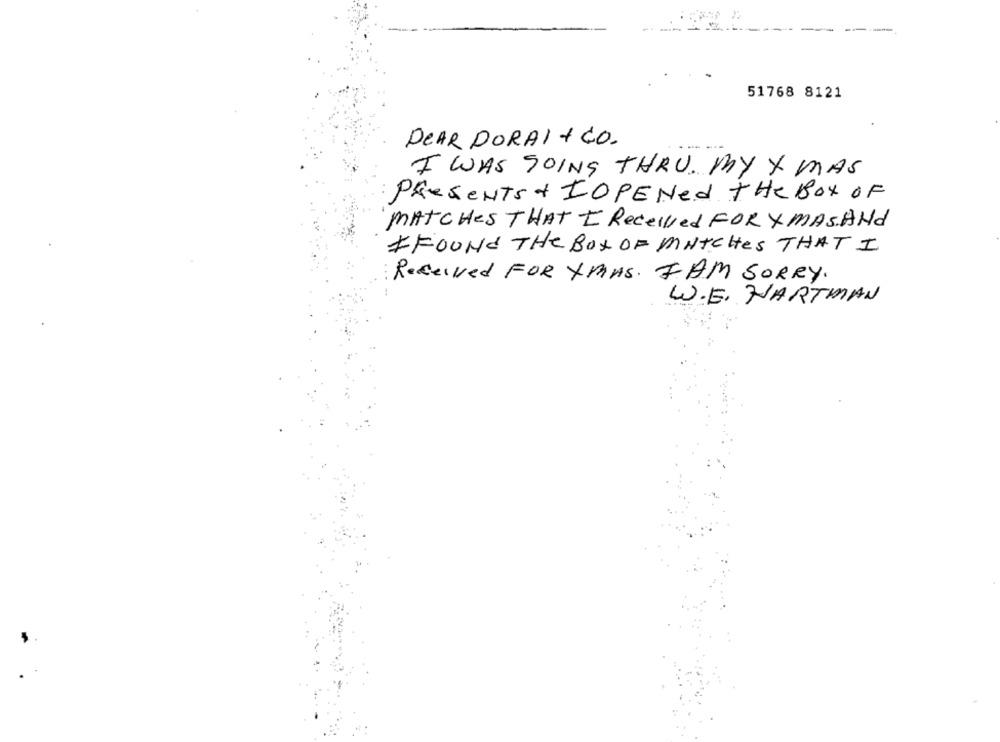
51768 8121
DEAR DORAI + CO.
I WAS SOINS THRU. MY X MAS
Presents + IOPENed THE Box OF
MATCHES THAT I Received FOR XMASAND
IFOUND THE Box OF MATCHES THAT I
Received FOR XMAS. IAM SORRY.
W.E. HARTMAN